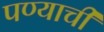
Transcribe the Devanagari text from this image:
पण्याची